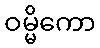
ဝမ္မိကော